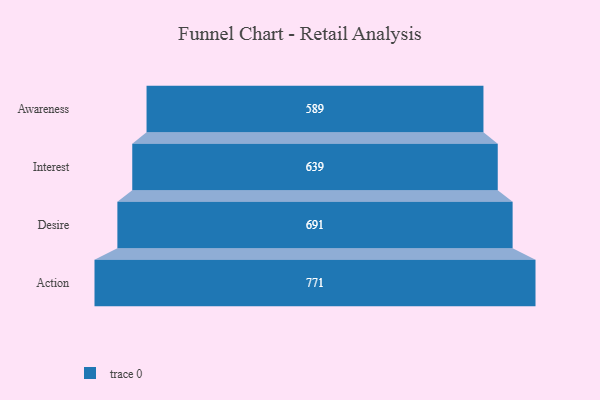
{"axis": {"x": "Stage", "y": "Value"}, "legend": [""], "data": [{"x": "Awareness", "y": 589.0, "type": ""}, {"x": "Interest", "y": 639.0, "type": ""}, {"x": "Desire", "y": 691.0, "type": ""}, {"x": "Action", "y": 771.0, "type": ""}]}